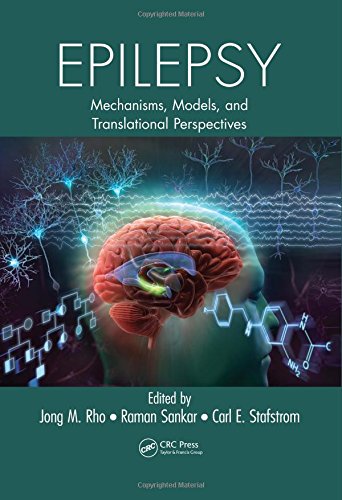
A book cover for Epilepsy: Mechanisms, Models, and Translational Perspectives (Neurological Disease and Therapy); Health, Fitness & Dieting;